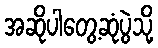
အဆိုပါတွေ့ဆုံပွဲသို့